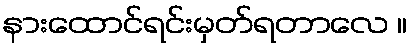
နားထောင်ရင်းမှတ်ရတာလေ ။